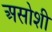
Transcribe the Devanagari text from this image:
असोशी